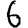
Digit: 6